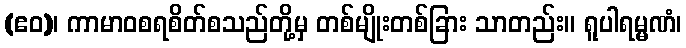
(ဧဝ)၊ ကာမာဝစရစိတ်စသည်တို့မှ တစ်မျိုးတစ်ခြား သာတည်း။ ရူပါရမ္မဏံ၊